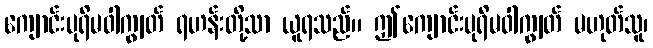
ကျောင်းပုရိမဝါကျွတ် ရဟန်းတို့သာ ယူရသည်။ ဤကျောင်းပုရိမဝါကျွတ် မဟုတ်သူ၊